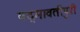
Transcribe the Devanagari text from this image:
पद्मावतीपुरी